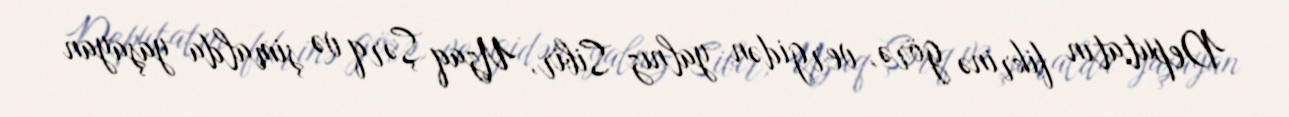
Deputatın fikrinə görə, vergidən yalnız Sibir, Uzaq Şərq və şimalda yaşayan